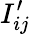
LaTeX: I_{ij}^{\prime}